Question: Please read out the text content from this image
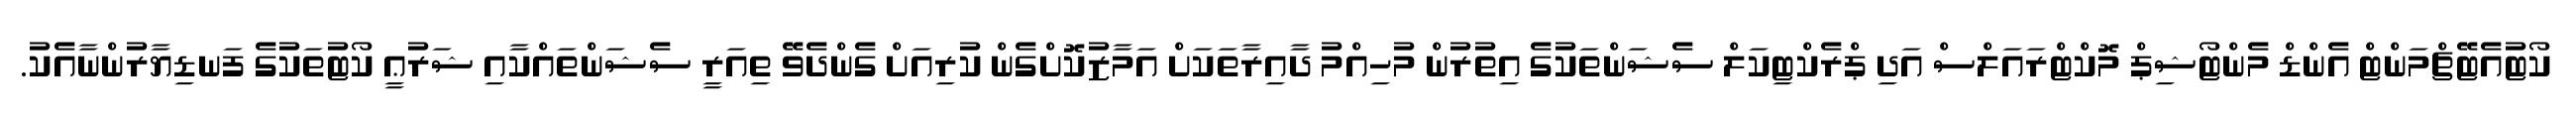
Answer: ކޯޓުއެޓޭޗްމަންޓް އެންޑް މެންޓޯޝިޕް މޮކްޓްރައަލްސް އަދި ޕްރެކްޓިކަލް ސެޝަންތަކުގެ އިތުރުން މުހިއްމު ދާއިރާތަކަށް އަމާޒުކޮށްގެން ކުރިއަށް ގެންދެވޭ ތިއަރީ ސެޝަންތައްކާއި ޝަރުޢީ ކޯޓުތަކުގެ ފަނޑިޔާރުންނާއެކު.